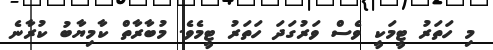
މި ހަތަރު ޓީމަކީ ވެސް ވަރުގަދަ ހަތަރު ޓީމެވެ. މުބާރާތް ކާމިޔާބު ކުރާނެ